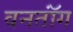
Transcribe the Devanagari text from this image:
वनतॉंग